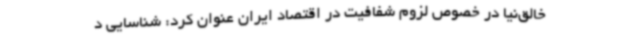
خالق‌نیا در خصوص لزوم شفافیت در اقتصاد ایران عنوان کرد: شناسایی د